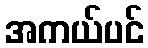
အကယ်ပင်